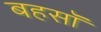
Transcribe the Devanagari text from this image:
बहसॉ